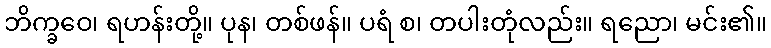
ဘိက္ခဝေ၊ ရဟန်းတို့။ ပုန၊ တစ်ဖန်။ ပရံ စ၊ တပါးတုံလည်း။ ရညော၊ မင်း၏။